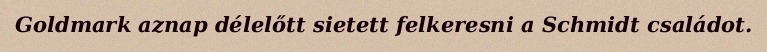
Goldmark aznap délelőtt sietett felkeresni a Schmidt családot.